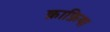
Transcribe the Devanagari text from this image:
क़ाफ़िया